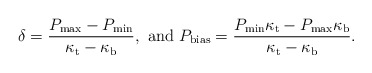
\begin{align*}\delta=\frac{P_{\rm max}-P_{\rm min}}{\kappa_{\rm t}-\kappa_{\rm b}}, \,\, {\rm and} \,\, P_{\rm bias}=\frac{P_{\rm min}\kappa_{\rm t}-P_{\rm max}\kappa_{\rm b}}{\kappa_{\rm t}-\kappa_{\rm b}}.\end{align*}